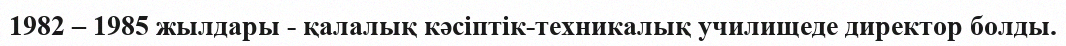
1982 – 1985 жылдары - қалалық кәсіптік-техникалық училищеде директор болды.